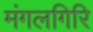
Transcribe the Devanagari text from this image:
मंगलगिरि